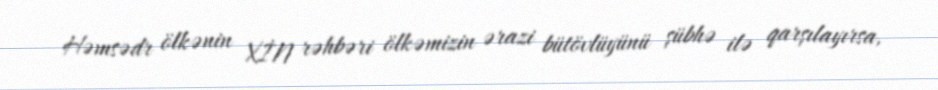
Həmsədr ölkənin XİN rəhbəri ölkəmizin ərazi bütövlüyünü şübhə ilə qarşılayırsa,